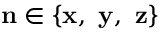
\mathbf { n } \in \{ \mathbf { x } , ~ \mathbf { y } , ~ \mathbf { z } \}